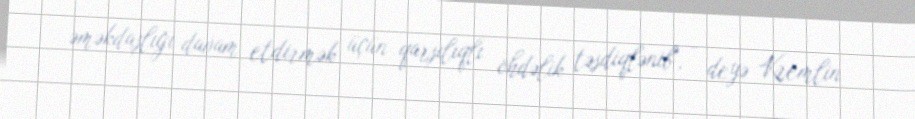
əməkdaşlığı davam etdirmək üçün qarşılıqlı öhdəlik təsdiqlənib", - deyə Kremlin